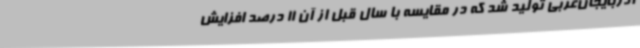
آذربایجان‌غربی تولید شد که در مقایسه با سال قبل از آن 11 درصد افزایش